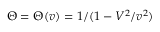
\Theta = \Theta ( v ) = 1 / ( 1 - V ^ { 2 } / v ^ { 2 } )